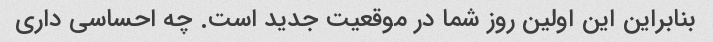
بنابراین این اولین روز شما در موقعیت جدید است. چه احساسی داری